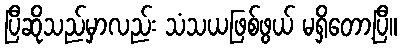
ပြီဆိုသည်မှာလည်း သံသယဖြစ်ဖွယ် မရှိတော့ပြီ။